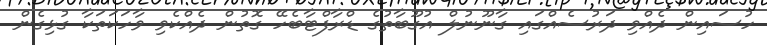
ހުސައިން ދެއްވި ދަރުސެއްގައި ގާނޫނުލް އުގޫބާތުގެ ޑްރާފްޓާބެހޭ ގޮތުން ދެއްކެވި ވާހަކަތަކާ ގުޅިގެން